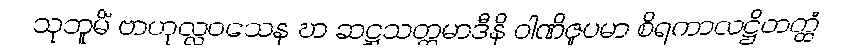
သုဘူမိံ ဗာဟုလ္လဝသေန ဎာ ဆဋ္ဌသတ္တမာဒီနိ ဝါဏိဇူပမာ စိရကာလဋ္ဌိတတ္ထံ